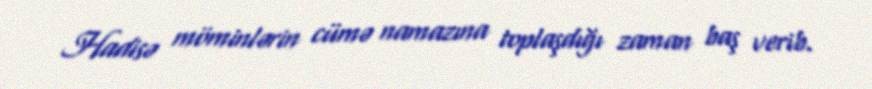
Hadisə möminlərin cümə namazına toplaşdığı zaman baş verib.